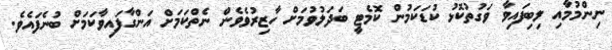
ނިންމުމާއި ލިބިފައިވާ ވަގުތުކޮޅު ކުޑަކަމުން ކޮމެޓީ ބަދަލުވުމަށް ހާޒިރުވެވެން ނެތްކަމަށް އަންގާފައިވާކަމަށް ބުނެފައެވެ.